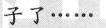
子了……